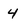
Character: 4